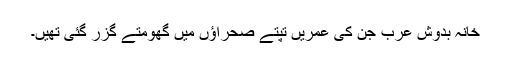
خانہ بدوش عرب جن کی عمریں تپتے صحراؤں میں گھومتے گزر گئی تھیں۔